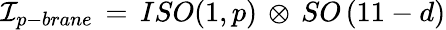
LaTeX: {\cal I}_{p-brane}\, =\, ISO(1,p)\, \otimes\, SO\left(11-d\right)